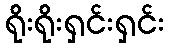
ရိုးရိုးရှင်းရှင်း